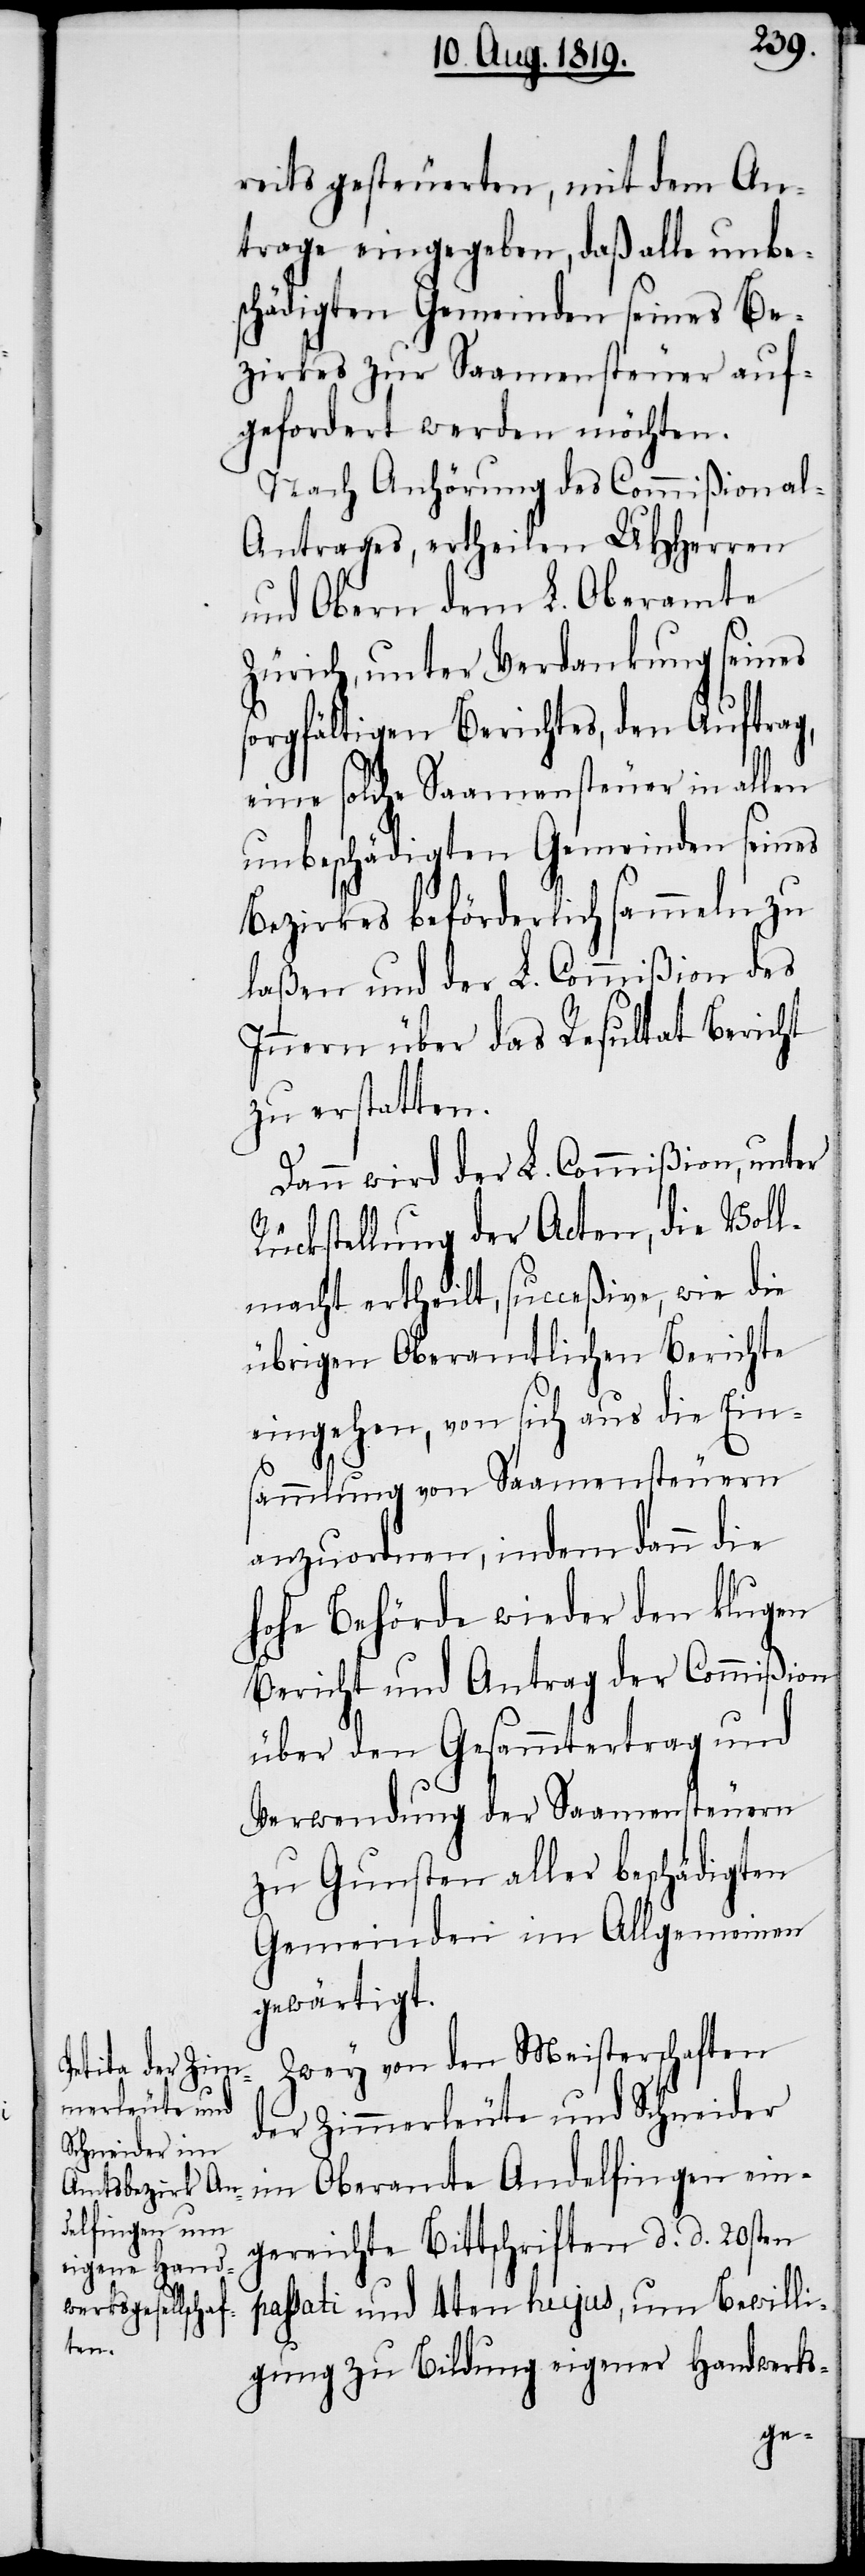
reits gesteuerten, mit dem An¬
trage eingegeben, daß alle unbe¬
schädigten Gemeinden seines Be¬
zirkes zur Saamensteuer auf¬
gefordert werden möchten.
Nach Anhörung des Commißional-A¬
ntrages, ertheilen UHHerren
und Obern dem L. Oberamte
Zürich, unter Verdankung seines
sorgfältigen Berichtes, den Auftrag,
eine solche Saamensteuer in allen
unbeschädigten Gemeinden seines
Bezirkes beförderlich sammeln zu
laßen und der L. Commißion des
Innern über das Resultat Bericht
zu erstatten.
Dann wird der L. Commißion, unter
Rückstellung der Acten, die Voll¬
macht ertheilt, succeßive, wie die
übrigen Oberamtlichen Berichte
eingehen, von sich aus die Ein¬
sammlung von Saamensteuern
anzuordnen, indem dann die
hohe Behörde wieder den klugen
Bericht und Antrag der Commißion
über den Gesammtertrag und
Verwendung der Saamensteuern
zu Gunsten aller beschädigten
Gemeinden im Allgemeinen
gewärtigt.
Zwey von den Meisterschaften
der Zimmerleute und Schneider
im Oberamte Andelfingen ein¬
gereichte Bittschriften d. d. 20sten
passati und 4ten hujus, um Bewilli¬
gung zu Bildung eigener Handwerks-